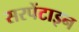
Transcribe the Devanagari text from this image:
सरपेंटाइन